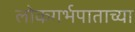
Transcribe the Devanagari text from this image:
लोकगर्भपाताच्या